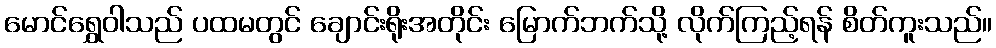
မောင်ရွှေဝါသည် ပထမတွင် ချောင်းရိုးအတိုင်း မြောက်ဘက်သို့ လိုက်ကြည့်ရန် စိတ်ကူးသည်။